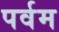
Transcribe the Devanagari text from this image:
पर्वम